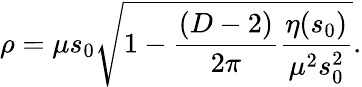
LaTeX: \rho=\mu s_{0}\sqrt{1-\frac{(D-2)}{2\pi}\frac{\eta(s_{0})}{\mu^{2}s_{0}^{2}}}.